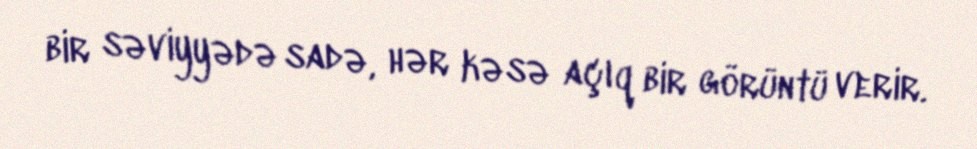
bir səviyyədə sadə, hər kəsə açıq bir görüntü verir.